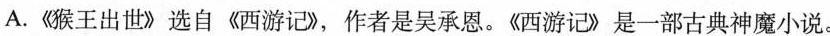
A.《猴王出世》选自《西游记》，作者是吴承恩。《西游记》是一部古典神魔小说。